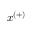
x ^ { ( + ) }